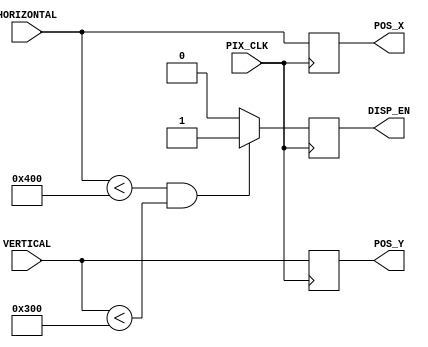
`timescale 1ns / 1ps
//////////////////////////////////////////////////////////////////////////////////
// Company: 
// Engineer: 
// 
// Design Name: 
// Module Name:    ComparatorForROM 
// Project Name: 
// Target Devices: 
// Tool versions: 
// Description: 
//
// Dependencies: 
//
// Revision: 
// Revision 0.01 - File Created
// Additional Comments: 
//
//////////////////////////////////////////////////////////////////////////////////
module ComparatorForROM
            #(parameter H_RES = 1024,
					parameter V_RES = 768)
					
				(input [10:0] HORIZONTAL,
				 input [10:0] VERTICAL,
				 input PIX_CLK,
				 output reg DISP_EN,
				 output reg[10:0] POS_X,
				 output reg [10:0] POS_Y
    );
	 
	
	 
	always@(posedge PIX_CLK) begin
		if((HORIZONTAL < H_RES) && (VERTICAL < V_RES)) DISP_EN <= 1;
		else DISP_EN <= 0;
		POS_X <= HORIZONTAL;
		POS_Y <= VERTICAL;

	end

endmodule